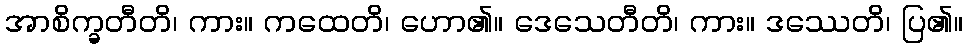
အာစိက္ခတီတိ၊ ကား။ ကထေတိ၊ ဟော၏။ ဒေသေတီတိ၊ ကား။ ဒဿေတိ၊ ပြ၏။